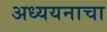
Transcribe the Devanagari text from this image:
अध्ययनाचा